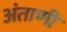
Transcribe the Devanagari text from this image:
अंताणी